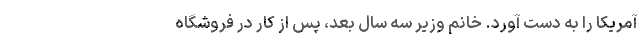
آمریکا را به دست آورد. خانم وزیر سه سال بعد، پس از کار در فروشگاه